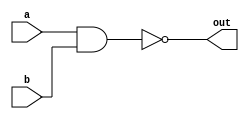
module nand_gate_delay (
    input wire a,
    input wire b,
    output reg out
);

parameter delay = 10; // set delay in time units

always @ (a or b) begin
    #delay out = ~(a & b);
end

endmodule